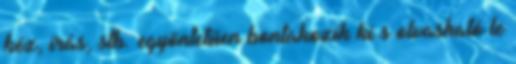
kéz, írás, stb. egyöntetűen bontakozik ki s olvasható le